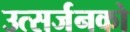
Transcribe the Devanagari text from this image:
उत्सर्जनको